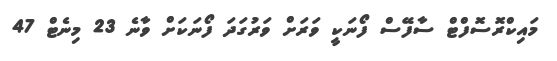
މައިކްރޮސޮފްޓް ސާފޭސް ފޯނަކީ ވަރަށް ވަރުގަދަ ފޯނަކަށް ވާނެ 23 މިނެޓް 47